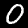
Label: 0